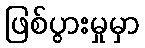
ဖြစ်ပွားမှုမှာ